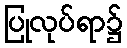
ပြုလုပ်ရာ၌